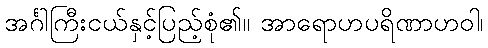
အင်္ဂါကြီးငယ်နှင့်ပြည့်စုံ၏။ အာရောဟပရိဏာဟဝါ၊